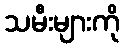
သမီးများကို